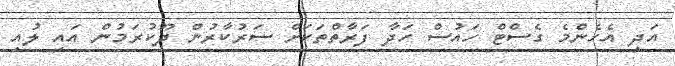
އަދި އެހެންމެ ގެސްޓް ހައުސް ހަދާ ފަރާތްތަކަށް ސަރުކާރުން ދޫކުރަމުން އައި ލުއި